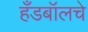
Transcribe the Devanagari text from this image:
हँडबॉलचे